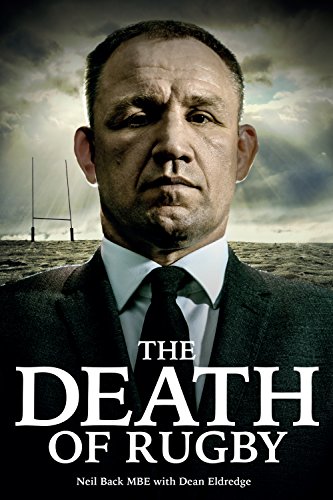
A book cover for The Death of Rugby: Neil Back's Story; Neil Back; Sports & Outdoors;